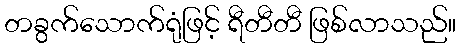
တခွက်သောက်ရုံဖြင့် ရီတီတီ ဖြစ်လာသည်။